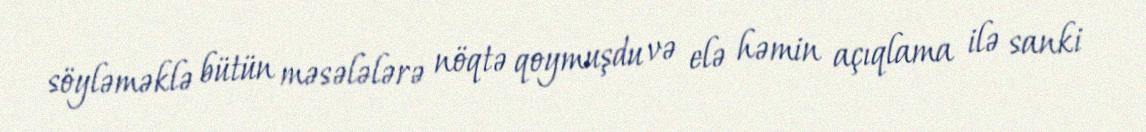
söyləməklə bütün məsələlərə nöqtə qoymuşdu və elə həmin açıqlama ilə sanki